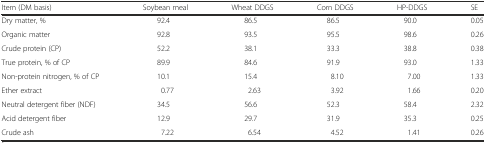
| Item (DM basis) | Soybean meal | Wheat DDGS | Corn DDGS | HP-DDGS | SE |
 | --- | --- | --- | --- | --- | --- |
 | Dry matter, % | 92.4 | 86.5 | 86.5 | 90.0 | 0.05 |
 | Organic matter | 92.8 | 93.5 | 95.5 | 98.6 | 0.26 |
 | Crude protein (CP) | 52.2 | 38.1 | 33.3 | 38.8 | 0.38 |
 | True protein, % of CP | 89.9 | 84.6 | 91.9 | 93.0 | 1.33 |
 | Non-protein nitrogen, % of CP | 10.1 | 15.4 | 8.10 | 7.00 | 1.33 |
 | Ether extract | 0.77 | 2.63 | 3.92 | 1.66 | 0.20 |
 | Neutral detergent fiber (NDF) | 34.5 | 56.6 | 52.3 | 58.4 | 2.32 |
 | Acid detergent fiber | 12.9 | 29.7 | 31.9 | 35.3 | 0.25 |
 | Crude ash | 7.22 | 6.54 | 4.52 | 1.41 | 0.26 |